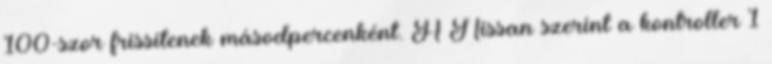
100-szor frissítenek másodpercenként. A Nissan szerint a kontroller 1